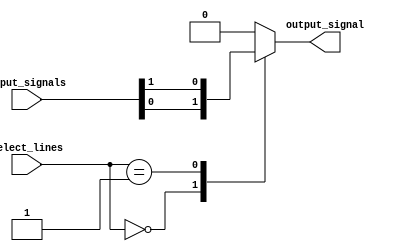
module mux_256to1 (
    input [255:0] input_signals,
    input [7:0] select_lines,
    output reg output_signal
);

always @(*) begin
    case (select_lines)
        8'b00000000: output_signal = input_signals[0];
        8'b00000001: output_signal = input_signals[1];
        //Add more cases for all 256 input signals
        //...
        default: output_signal = 8'b00000000; // Default case
    endcase
end

endmodule